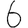
Digit: 6